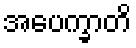
အပေက္ခာတိ